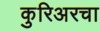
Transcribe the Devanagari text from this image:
कुरिअरचा